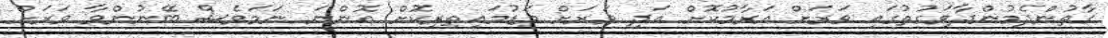
ގާތުންދެމުންދާވަގުތުގައި ވަރަށް އަރާމުކޮށް އަދި ވަރަށް މަޑުމައިތިރިކޮށް އޮންނަ ނަމަވެސް ބޭނުންވާ ވަރަށް